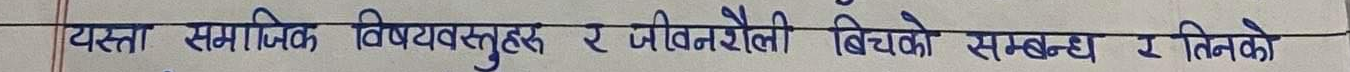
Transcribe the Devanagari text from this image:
यस्ता सामाजिक विषयवस्तुहरु र जीवनशैली बिचको सम्बन्ध र तिनको